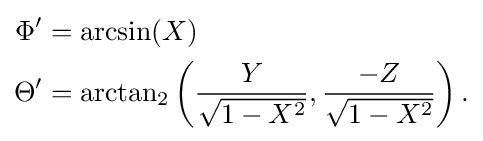
{\begin{aligned}\Phi '&=\arcsin(X)\\\Theta '&=\arctan _{2}\left({\frac {Y}{\sqrt {1-X^{2}}}},{\frac {-Z}{\sqrt {1-X^{2}}}}\right).\end{aligned}}